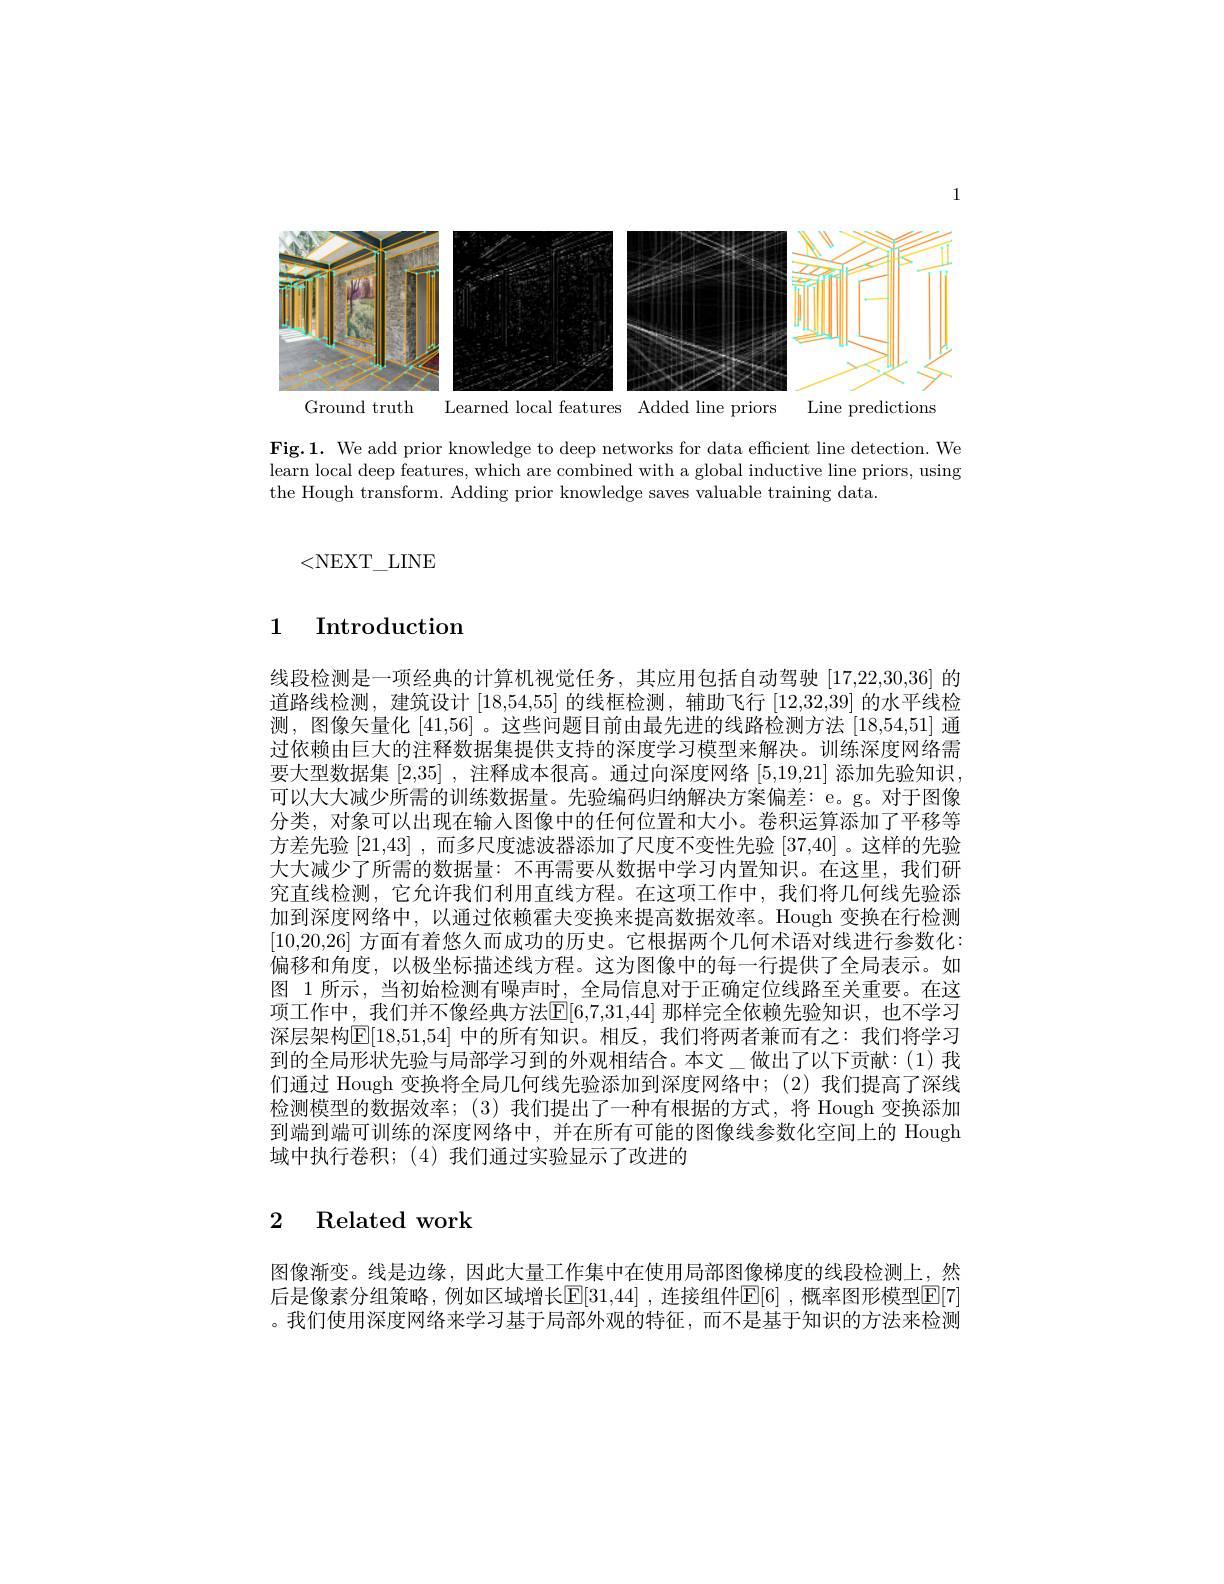
1

<FigureHere>
Ground truth Learned local features Added line priors Line predictions

Fig.1. We add prior knowledge to deep networks for data efficient line detection. We learn local deep features, which are combined with a global inductive line priors, using the Hough transform. Adding prior knowledge saves valuable training data.

<NEXT\_LINE

## 1 Introduction

线段检测是一项经典的计算机视觉任务，其应用包括自动驾驶$\lceil17,22,30,36\rceil$的道路线检测，建筑设计[18,54,55]的线框检测，辅助飞行[12,32,39]的水平线检测，图像矢量化 [41,56] 。这些问题目前由最先进的线路检测方法 [18,54,51] 通过依赖由巨大的注释数据集提供支持的深度学习模型来解决。训练深度网络需要大型数据集[2,35] ,注释成本很高。通过向深度网络[5,19,21]添加先验知识可以大大减少所需的训练数据量。先验编码归纳解决方案偏差：e。g。对于图像分类，对象可以出现在输入图像中的任何位置和大小。卷积运算添加了平移等方差先验[21,43] ,而多尺度滤波器添加了尺度不变性先验[37,40] 。这样的先验大大减少了所需的数据量：不再需要从数据中学习内置知识。在这里，我们研究直线检测，它允许我们利用直线方程。在这项工作中，我们将几何线先验添加到深度网络中，以通过依赖霍夫变换来提高数据效率。Hough 变换在行检测[10,20,26]方面有着悠久而成功的历史。它根据两个几何术语对线进行参数化： 偏移和角度，以极坐标描述线方程。这为图像中的每一行提供了全局表示。如图 1 所示，当初始检测有噪声时，全局信息对于正确定位线路至关重要。在这项工作中，我们并不像经典方法$\mathbb{E}[6,7,31,44]$ 那样完全依赖先验知识，也不学习深层架构$\overline{\mathrm{E}}[18,51,54]$ 中的所有知识。相反，我们将两者兼而有之：我们将学习到的全局形状先验与局部学习到的外观相结合。本文\_做出了以下贡献：(1)我们通过 Hough 变换将全局几何线先验添加到深度网络中；(2)我们提高了深线检测模型的数据效率；(3) 我们提出了一种有根据的方式，将 Hough 变换添加到端到端可训练的深度网络中，并在所有可能的图像线参数化空间上的 Hough 域中执行卷积；(4)我们通过实验显示了改进的

## 2 Related work

图像漸变。线是边缘，因此大量工作集中在使用局部图像梯度的线段检测上，然后是像素分组策略，例如区域增长$\mathbb{E}[31,44]$,连接组件$\mathbb{E}[6]$,概率图形模型$\mathbb{E}[7$ 。我们使用深度网络来学习基于局部外观的特征，而不是基于知识的方法来检测